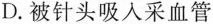
D.被针头吸人采血管